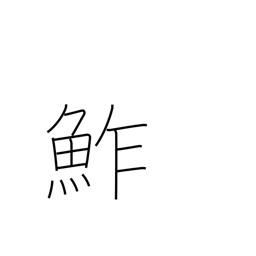
Meaning: sushi